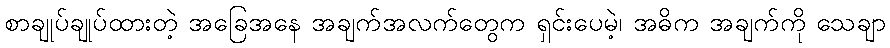
စာချုပ်ချုပ်ထားတဲ့ အခြေအနေ အချက်အလက်တွေက ရှင်းပေမဲ့၊ အဓိက အချက်ကို သေချာ